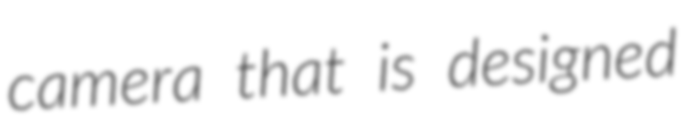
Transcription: camera that is designed